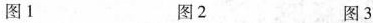
图1 图2 图3